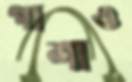
পাশাও